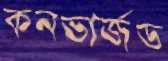
কনভার্জড